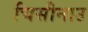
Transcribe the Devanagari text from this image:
चिसीनाउ